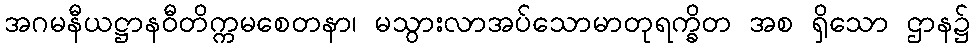
အဂမနီယဋ္ဌာနဝီတိက္ကမစေတနာ၊ မသွားလာအပ်သောမာတုရက္ခိတ အစ ရှိသော ဌာန၌